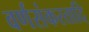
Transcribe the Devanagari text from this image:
वर्णसंकरतादि